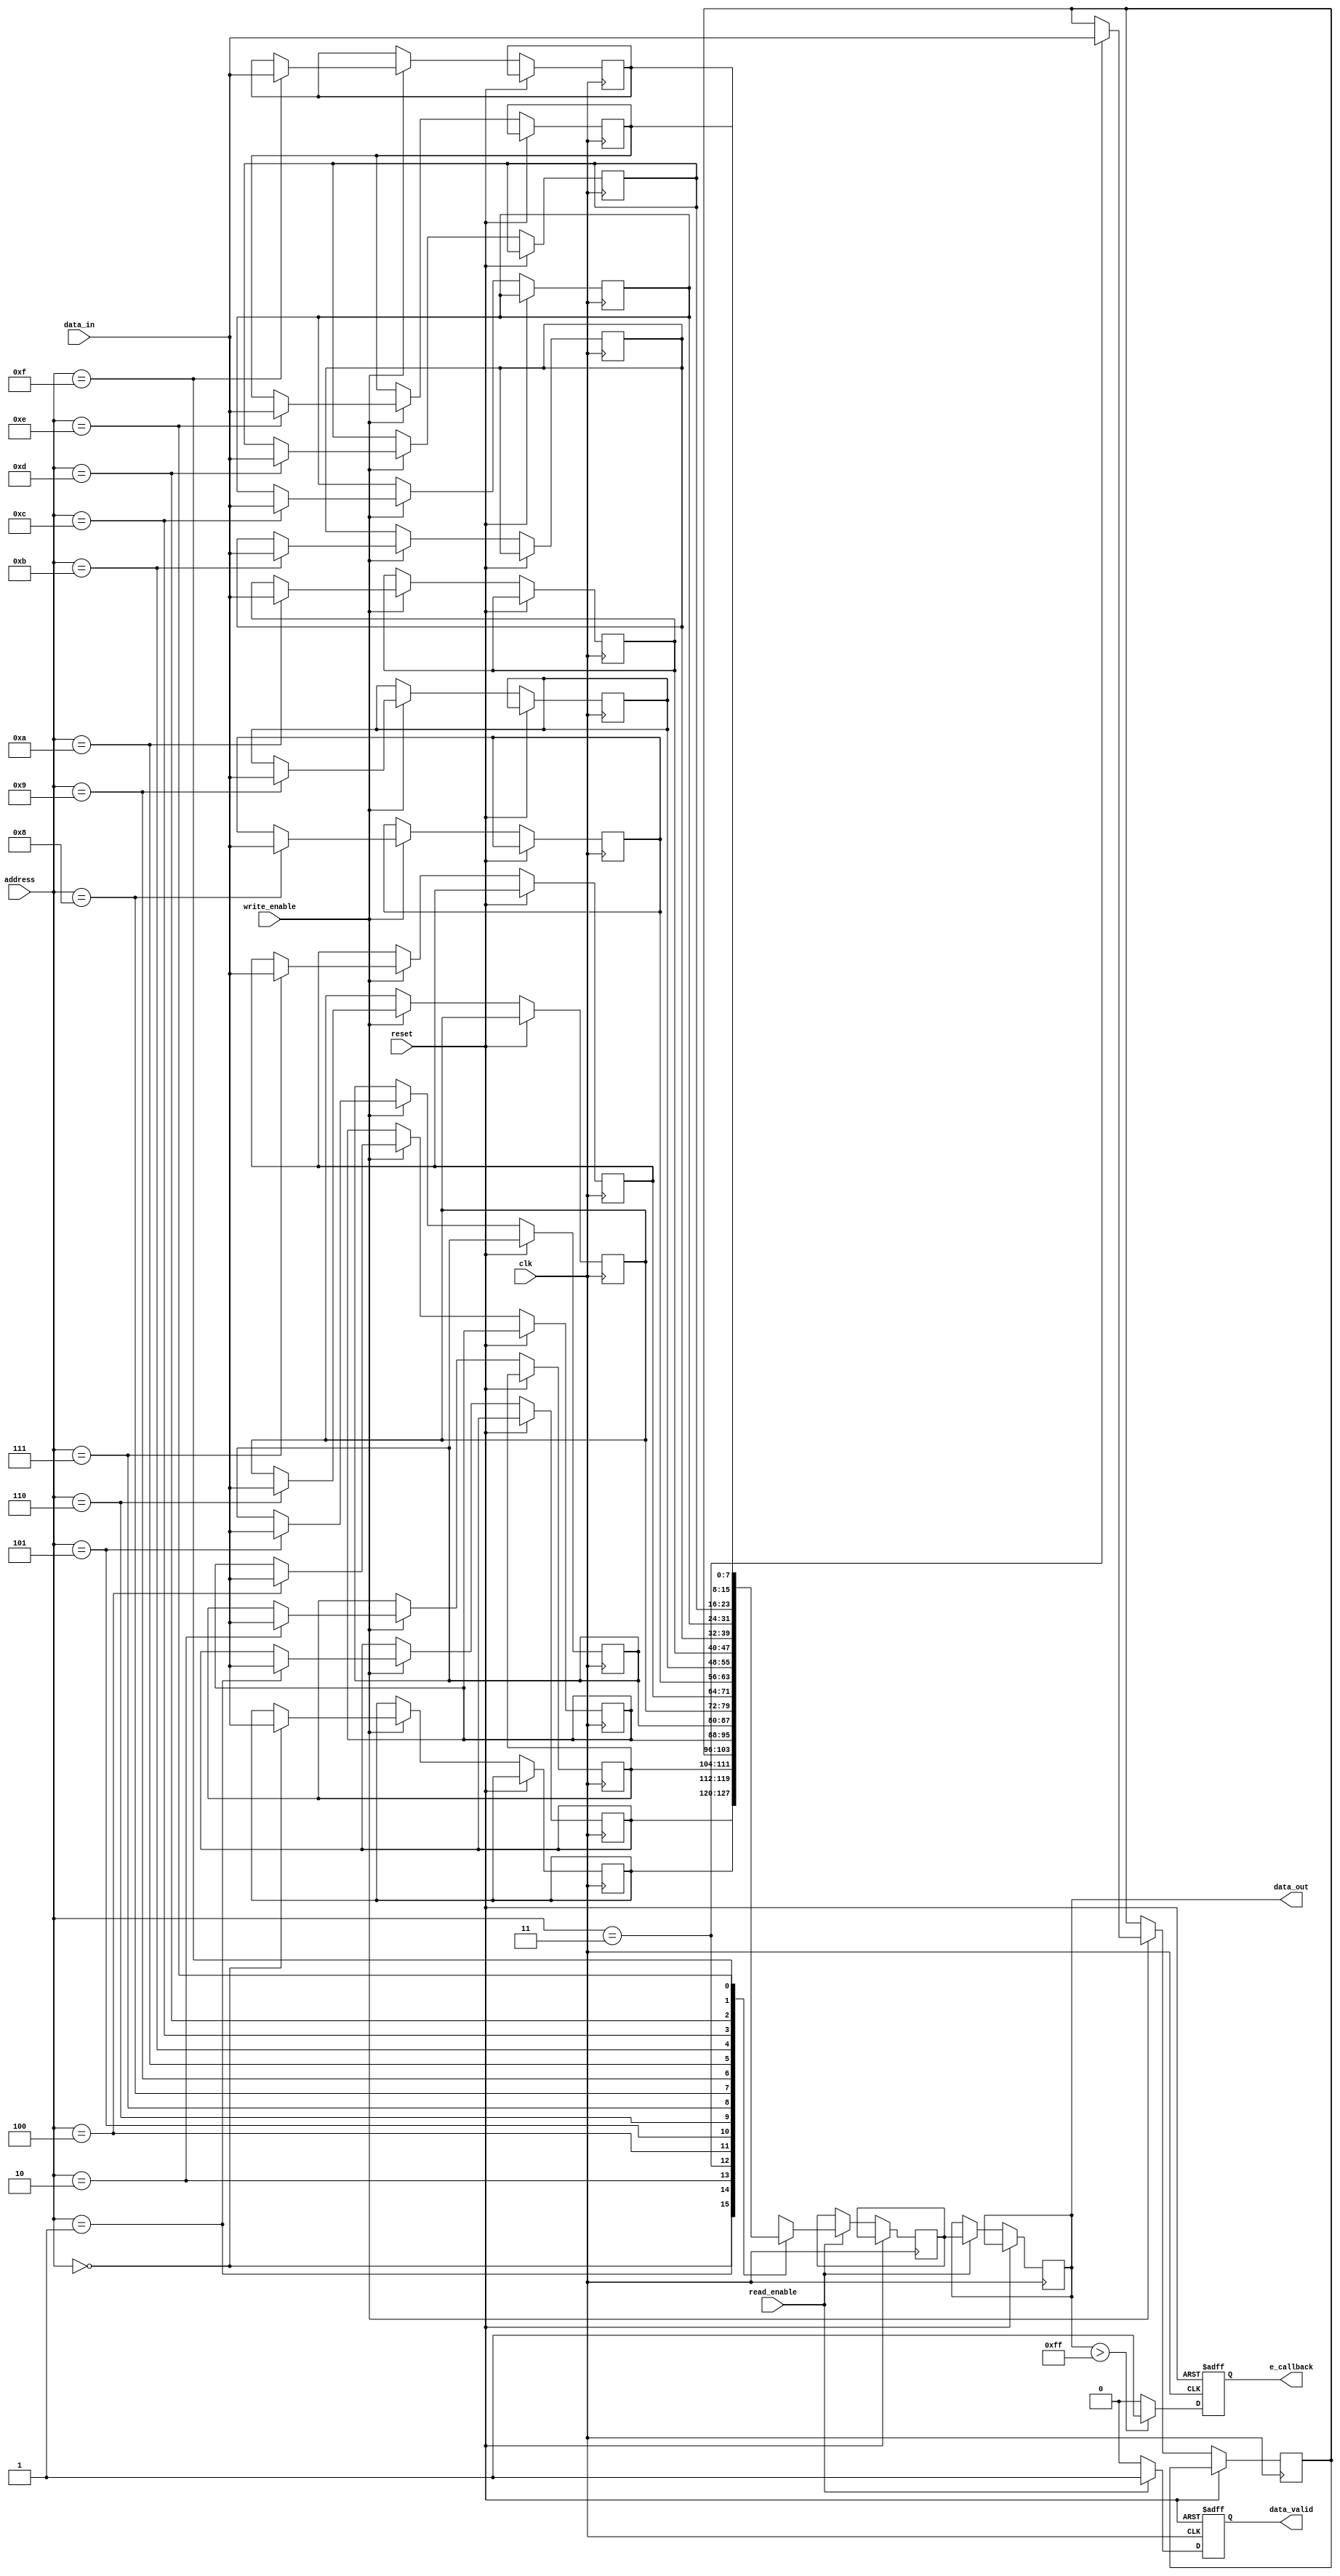
module feram_io_block (
    input wire         clk,               // System clock
    input wire         reset,             // Reset signal
    input wire         write_enable,      // Write enable signal
    input wire         read_enable,       // Read enable signal
    input wire [7:0]   data_in,           // Data input from external source
    input wire [3:0]   address,           // Address for accessing memory cells
    output reg [7:0]   data_out,          // Data output to external devices
    output reg         data_valid,        // Indicates valid data is available
    output reg         e_callback          // ESD protection flag
);

// Internal signals
reg [7:0] memory [15:0];                 // Memory array (4-bit addressable, 16 entries)
reg [7:0] data_buffer;                   // Temporary buffer for data during I/O operations

// Control logic
always @(posedge clk or posedge reset) begin
    if (reset) begin
        data_valid <= 1'b0;
        e_callback <= 1'b0;
    end else begin
        // Write Operation
        if (write_enable) begin
            memory[address] <= data_in; // Store data in memory
            data_valid <= 1'b1;          // Indicate data is written
        end
        
        // Read Operation
        if (read_enable) begin
            data_buffer <= memory[address]; // Read data from memory
            data_out <= data_buffer;        // Drive the output data line
            data_valid <= 1'b1;             // Indicate valid data output
        end else begin
            data_valid <= 1'b0;             // Reset valid signal if not reading
        end
        
        // ESD Protection Logic (simplified)
        // In a real design this would employ ESD protection circuits
        if (data_out > 8'hFF) begin // Example condition
            e_callback <= 1'b1;      // Trigger ESD protection signal
        end else begin
            e_callback <= 1'b0;
        end
    end
end

// Timing control (assumed to be managed externally for simplicity)
// You can implement PLL/DLL or utilize the clock signal directly as needed.

endmodule